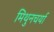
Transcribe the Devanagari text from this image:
मिथुनचर्या